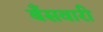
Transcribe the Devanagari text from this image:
बँसवारी